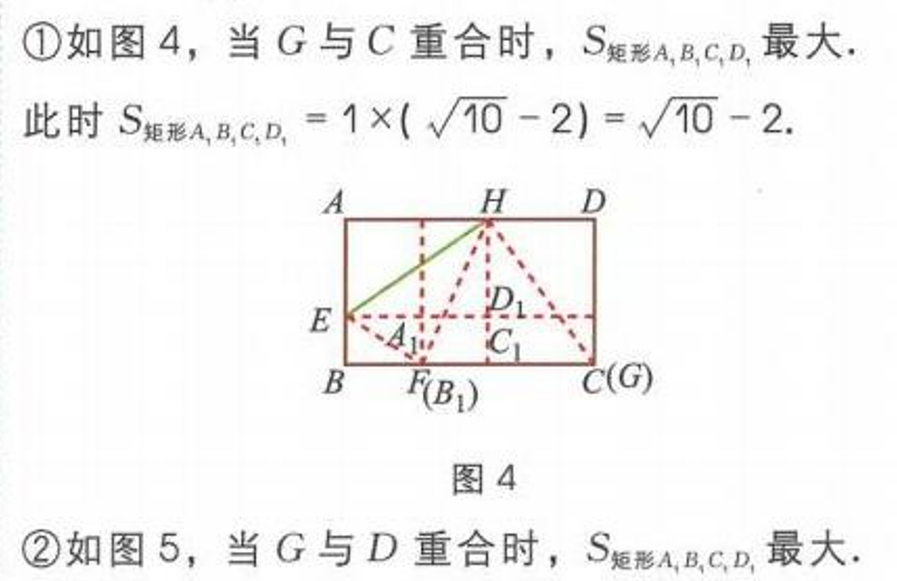
\textcircled{1}如图4，当\(G\)与\(C\)重合时，\(S_{矩形A_1B_1C_1D_1}\)最大.
此时\(S_{矩形A_1B_1C_1D_1}=1\times(\sqrt{10} - 2)=\sqrt{10} - 2\).

\textcircled{2}如图5，当\(G\)与\(D\)重合时，\(S_{矩形A_1B_1C_1D_1}\)最大.